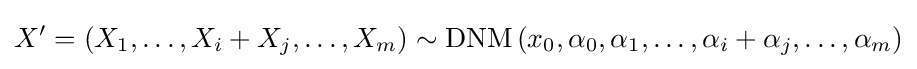
X'=(X_{1},\ldots ,X_{i}+X_{j},\ldots ,X_{m})\sim \operatorname {DNM} \left(x_{0},\alpha _{0},\alpha _{1},\ldots ,\alpha _{i}+\alpha _{j},\ldots ,\alpha _{m}\right)